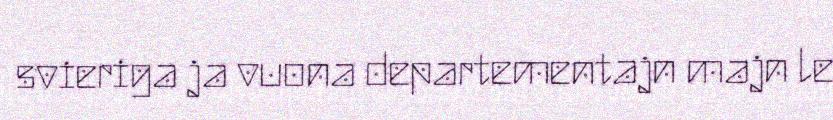
svieriga ja vuona departementajn majn le